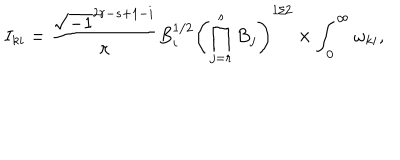
LaTeX: I _ { k i } = \frac { \sqrt { - 1 } ^ { 2 r - s + 1 - i } } { \pi } B _ { i } ^ { 1 / 2 } \left( \prod _ { j = r } ^ { s } B _ { j } \right) ^ { 1 / 2 } \times \int _ { 0 } ^ { \infty } \omega _ { k i } ,